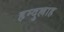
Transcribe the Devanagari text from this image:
हम्दुल्लाह